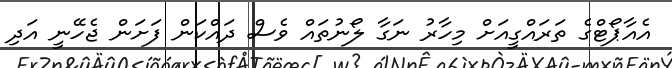
އެއާޕޯޓްގެ ތަރައްގީއަށް މިހާރު ނަގާ ލޯނުތައް ވެސް ދައްކަން ފަށަން ޖެހޭނީ އަދި